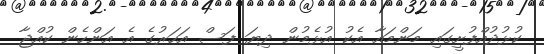
ކުޅުދުއްފުށީގައި މަންމައާ އެކު އުޅެމުން ދިޔަ ފަސް އަހަރުގެ އެ އަންހެން ކުއްޖާ